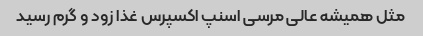
مثل همیشه عالی مرسی اسنپ اکسپرس غذا زود و گرم رسید